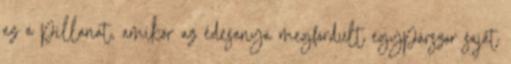
az a pillanat, amikor az édesanya megfordult egypárszor saját